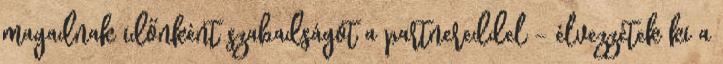
magadnak időnként szabadságot a partnereddel – élvezzétek ki a